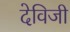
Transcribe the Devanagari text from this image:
देविजी